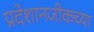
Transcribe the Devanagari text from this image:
प्रदेशानजीकच्या